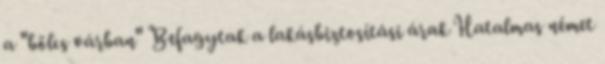
a "bölcs várban" Befagytak a lakásbiztosítási árak Hatalmas német